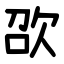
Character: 欩